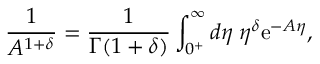
\frac { 1 } { A ^ { 1 + \delta } } = \frac { 1 } { \Gamma ( 1 + \delta ) } \int _ { 0 ^ { + } } ^ { \infty } d \eta \; \eta ^ { \delta } \mathrm { e } ^ { - A \eta } ,